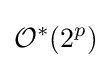
{\mathcal {O}}^{*}(2^{p})